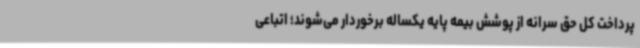
پرداخت کل حق سرانه از پوشش بیمه پایه یکساله برخوردار می‌شوند؛ اتباعی